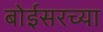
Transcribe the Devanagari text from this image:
बोईसरच्या